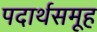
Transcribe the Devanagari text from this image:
पदार्थसमूह